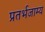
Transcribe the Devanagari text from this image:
प्रतर्भजाम्य